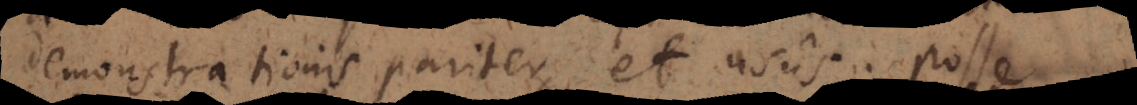
demonstrationis pariter et usus. Posse